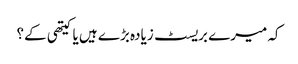
کہ میرے بریسٹ زیادہ بڑے ہیں یا کیتھی کے؟